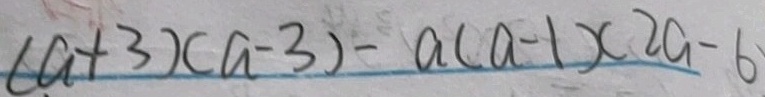
( a + 3 ) ( a - 3 ) - a ( a - 1 ) ( 2 a - 6